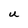
Character: U